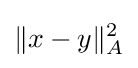
\|x-y\|_{A}^{2}